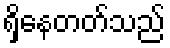
ရှိနေတတ်သည်